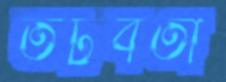
তটবর্তী